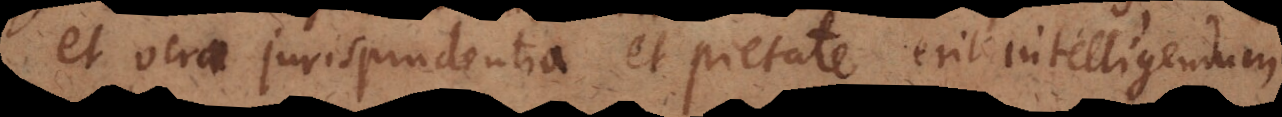
et vera jurisprudentia et pietate erit intelligendum